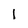
Character: 1